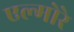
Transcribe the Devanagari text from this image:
एल्मोरे